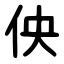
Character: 佒